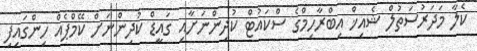
ކެލާ މަދަރުސަތުލް ޝެއިޚް އިބްރާހިމްގެ ސްކައުޓް ކުދިންނަށާއި ގައީޑް ކުދިންނަށް ކޭމްޕެއް ހިންގައިފި